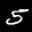
Label: 5